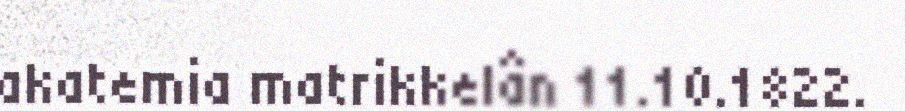
akatemia matrikkelân 11.10.1822.